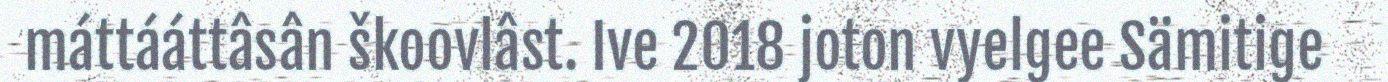
máttááttâsân škoovlâst. Ive 2018 joton vyelgee Sämitige